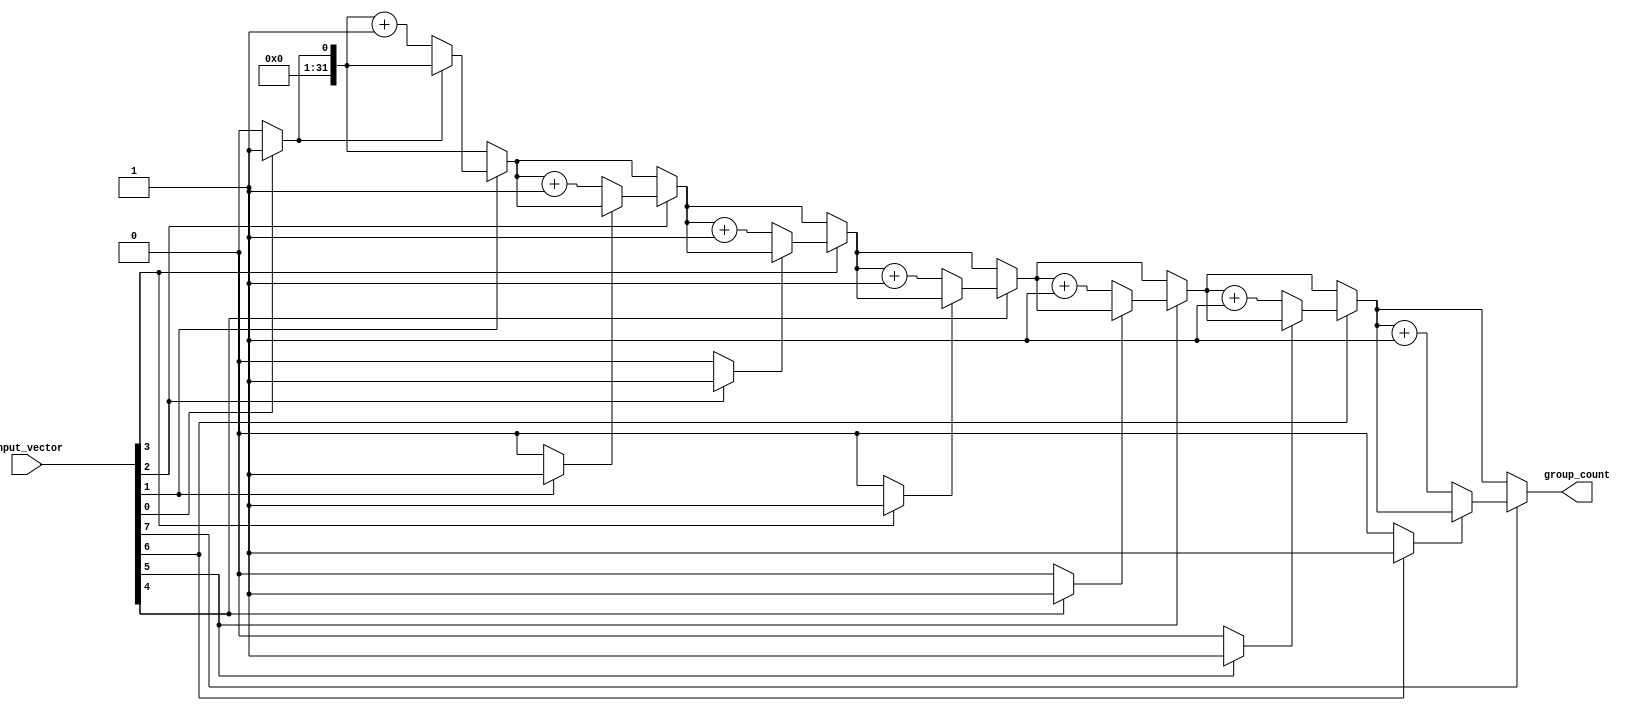
module group_count (
    input wire [N-1:0] input_vector, // Input binary vector
    output reg [31:0] group_count     // Output for the number of groups
);
    parameter N = 8; // Define the width of the input vector (can be changed as needed)

    integer i;
    reg in_group; // Flag to track if we are in a group of '1's

    always @* begin
        group_count = 0; // Initialize group_count to zero
        in_group = 0;    // Initialize in_group to false

        // Traverse the input_vector
        for (i = 0; i < N; i = i + 1) begin
            if (input_vector[i] == 1'b1) begin
                if (in_group == 0) begin
                    group_count = group_count + 1; // Found a new group
                    in_group = 1; // Set in_group to true
                end
            end else begin
                in_group = 0; // Set in_group to false if we encounter '0'
            end
        end
    end
endmodule